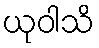
ယုဝါသိ